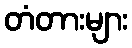
တံတားများ